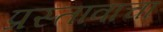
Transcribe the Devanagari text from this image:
प्रस्तावाचा